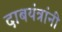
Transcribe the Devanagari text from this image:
दाबयंत्रांनी